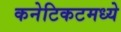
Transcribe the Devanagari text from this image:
कनेटिकटमध्ये